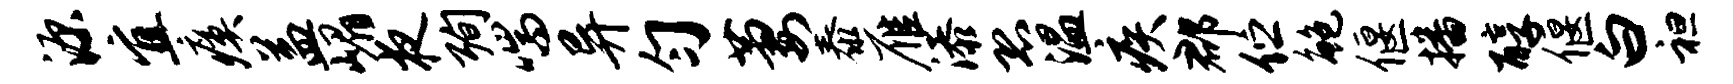
源宜瘼益嵋夜殉喘异匀萋泰雁添恐温疾郡伫鲍偃播醇偃白袒